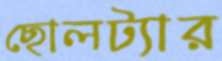
ছোলট্যার